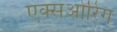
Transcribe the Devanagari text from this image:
एक्सओरिंग